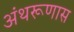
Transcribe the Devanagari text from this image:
अंथरूणास